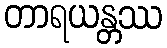
တာရယန္တဿ